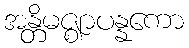
အန္တိမဇ္ဈာပန္နကော